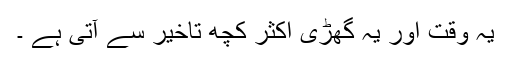
یہ وقت اور یہ گھڑی اکثر کچھ تاخیر سے آتی ہے ۔